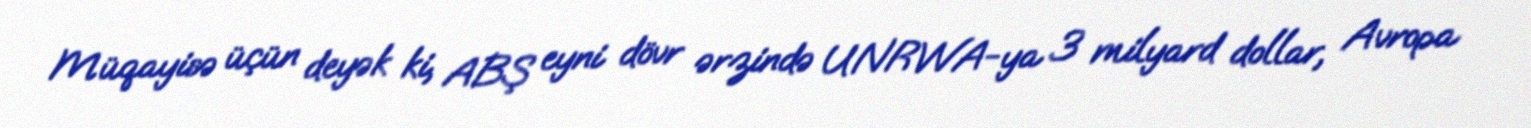
Müqayisə üçün deyək ki, ABŞ eyni dövr ərzində UNRWA-ya 3 milyard dollar, Avropa